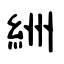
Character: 絒